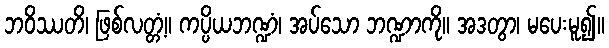
ဘဝိဿတိ၊ ဖြစ်လတ္တံ့။ ကပ္ပိယဘဏ္ဍံ၊ အပ်သော ဘဏ္ဍာကို။ အဒတွာ၊ မပေးမူ၍။